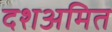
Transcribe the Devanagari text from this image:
दशअमित